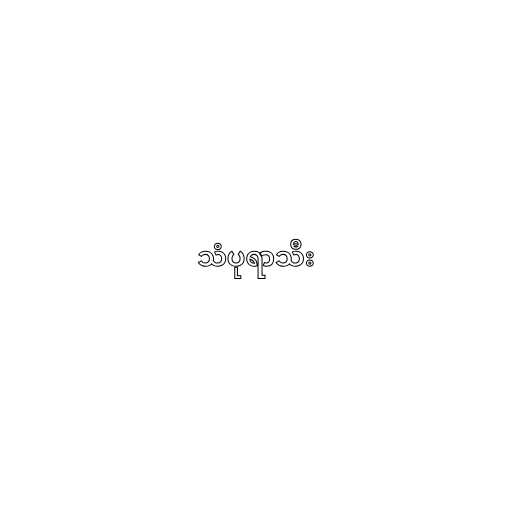
သံပုရာသီး